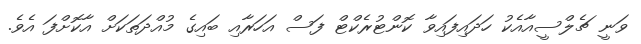
ވަނީ ޗެލްސީއާއެކު ހަދައިފައިވާ ކޮންޓުރެކްޓް ފަސް އަހަރާއި ބައިގެ މުއްދަތަކަށް އާކޮށްފަ އެވެ.